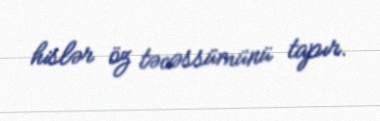
hislər öz təcəssümünü tapır.